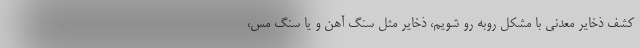
کشف ذخایر معدنی با مشکل روبه رو شویم، ذخایر مثل سنگ آهن و یا سنگ مس،